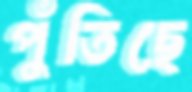
পুঁতিছে